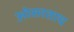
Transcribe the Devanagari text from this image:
ओसरताच